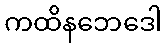
ကထိနဘေဒေါ